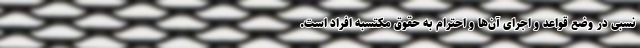
نسبی در وضع قواعد و اجرای آن‌ها و احترام به حقوق مکتسبه افراد است.